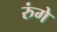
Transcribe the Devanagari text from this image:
रुंगे